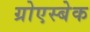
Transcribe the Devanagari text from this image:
ग्रोएस्बेक